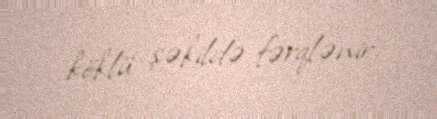
köklü şəkildə fərqlənir.